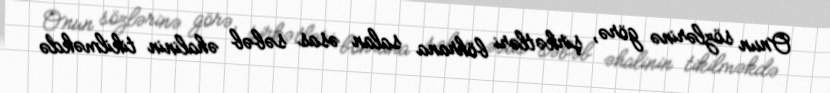
Onun sözlərinə görə, şirkətləri böhrana salan əsas səbəb əhalinin tikilməkdə